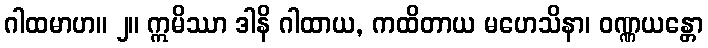
ဂါထမာဟ။ ၂။ ဣမိဿာ ဒါနိ ဂါထာယ, ကထိတာယ မဟေသိနာ၊ ဝဏ္ဏယန္တော